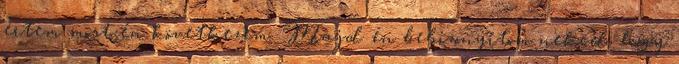
értem most én következem. Majd én bebizonyítom neked, hogy